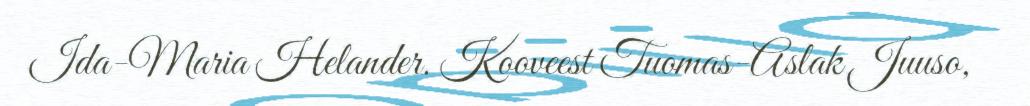
Ida-Maria Helander. Kooveest Tuomas-Aslak Juuso,